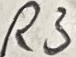
Text: R3